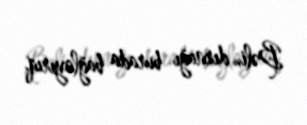
Bəli, dırnağı burada bağlayırıq.